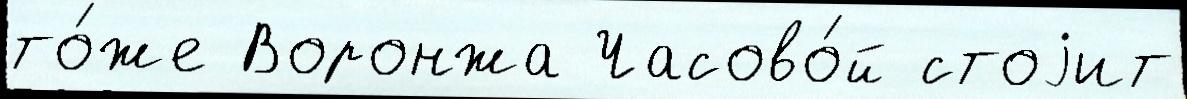
то́же Воронжа Часово́й стоjит